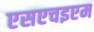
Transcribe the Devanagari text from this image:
एसएचइएम